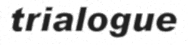
trialogue